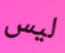
ليس